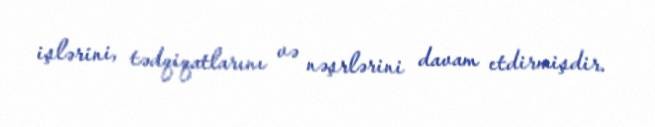
işlərini, tədqiqatlarını və nəşrlərini davam etdirmişdir.